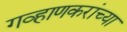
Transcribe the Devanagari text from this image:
गव्हाणकरांच्या